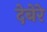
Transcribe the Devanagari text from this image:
देबेरे